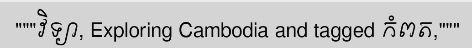
"""វិទ្យា, Exploring Cambodia and tagged កំពត,"""